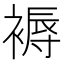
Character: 褥